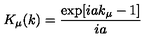
K _ { \mu } ( k ) = \frac { \exp [ i a k _ { \mu } - 1 ] } { i a }